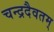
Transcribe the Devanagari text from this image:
चन्द्रदैवतम्